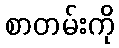
စာတမ်းကို